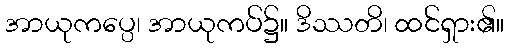
အာယုကပ္ပေ၊ အာယုကပ်၌။ ဒိဿတိ၊ ထင်ရှား၏။